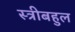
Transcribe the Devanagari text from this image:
स्त्रीबहुल